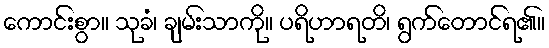
ကောင်းစွာ။ သုခံ၊ ချမ်းသာကို။ ပရိဟာရတိ၊ ရွက်တောင်ရ၏။